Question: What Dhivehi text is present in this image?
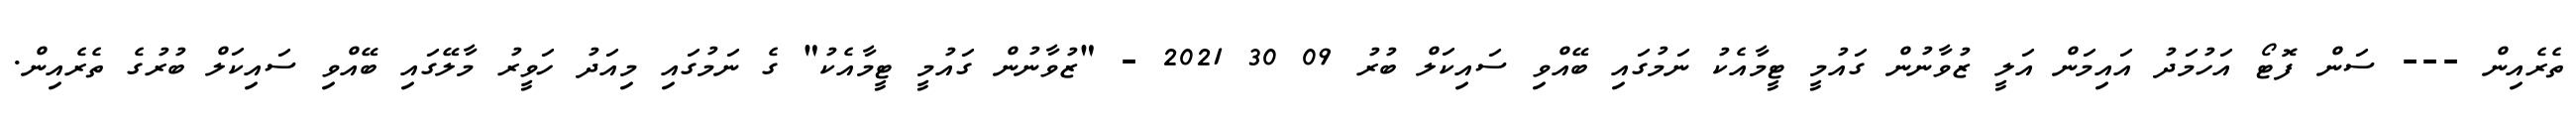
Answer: ތެރެއިން --- ސަން ފޮޓޯ އަހުމަދު އައިމަން އަލީ ޒުވާނުން ގައުމީ ޓީމާއެކު ނަމުގައި ބޭއްވި ސައިކަލް ބުރު 09 30 2021 - "ޒުވާނުން ގައުމީ ޓީމާއެކު" ގެ ނަމުގައި މިއަދު ހަވީރު މާލޭގައި ބޭއްވި ސައިކަލް ބުރުގެ ތެރެއިން.